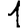
Digit: 1